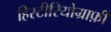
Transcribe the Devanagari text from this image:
हिस्टीरियोग्राफ़ी